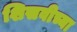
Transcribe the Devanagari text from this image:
शिसवीच्या